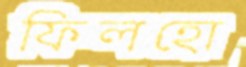
ফিলহো